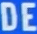
DE